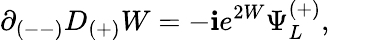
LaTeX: \partial_{(--)}D_{(+)}W=-\mathbf{i}e^{2W}\Psi_{L}^{(+)},\qquad